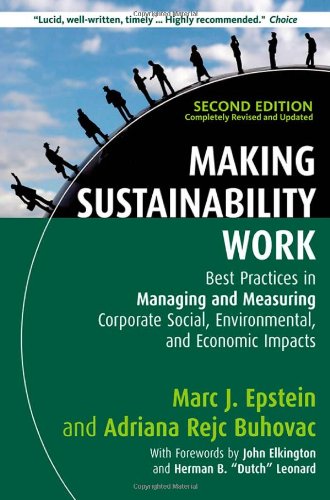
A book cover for Making Sustainability Work: Best Practices in Managing and Measuring Corporate Social, Environmental, and Economic Impacts; Marc J. Epstein; Business & Money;